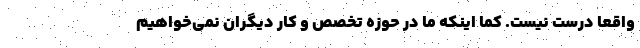
واقعاً درست نیست. کما اینکه ما در حوزه تخصص و کار دیگران نمی‌خواهیم